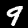
Label: 9